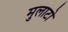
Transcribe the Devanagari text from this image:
मुलाटो